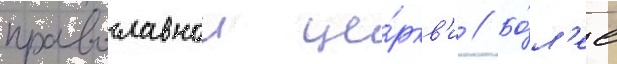
православнои це́ркв'и // Бо́л'ее